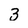
Character: 3